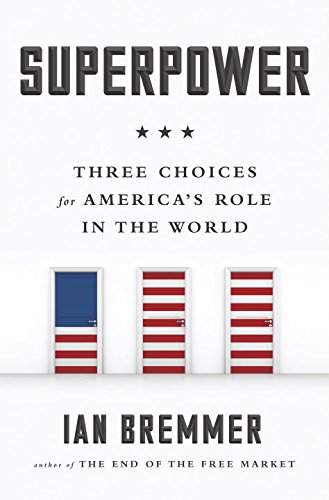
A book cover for Superpower: Three Choices for America's Role in the World; Ian Bremmer; Politics & Social Sciences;